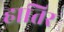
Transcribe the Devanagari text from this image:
हातिर